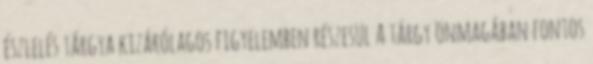
észlelés tárgya kizárólagos figyelemben részesül A tárgy önmagában fontos